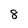
Character: 8